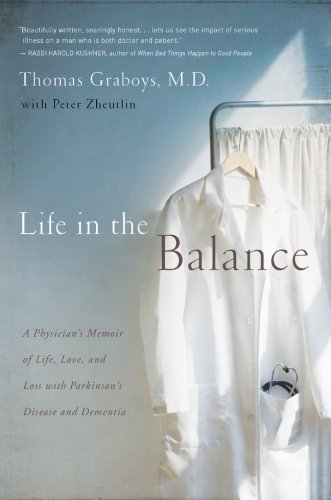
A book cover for Life in the Balance: A Physician's Memoir of Life, Love, and Loss with Parkinson's Disease and Dementia; Thomas Graboys MD; Health, Fitness & Dieting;